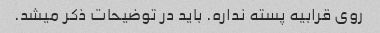
روی قرابیه پسته نداره. باید در توضیحات ذکر میشد.